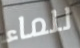
للماء